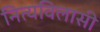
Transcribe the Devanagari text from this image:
नित्यविलासी